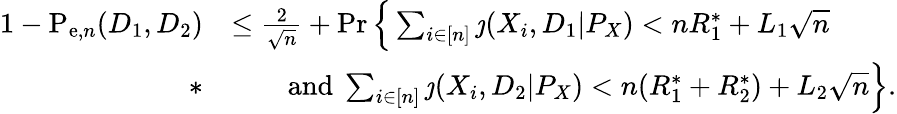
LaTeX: \begin{array}{rl}{1-\mathrm{P}_{\mathrm{e},n}(D_{1},D_{2})}&{\leq\frac{2}{\sqrt{n}}+\operatorname*{Pr}\Big\{ \sum_{i\in[n]}\jmath(X_{i},D_{1}|P_{X})<nR_{1}^{*}+L_{1}\sqrt{n}}\\ {*}&{\qquad\mathrm{and}~\sum_{i\in[n]}\jmath(X_{i},D_{2}|P_{X})<n(R_{1}^{*}+R_{2}^{*})+L_{2}\sqrt{n}\Big\} .}\end{array}